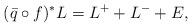
LaTeX: \begin{align*}({\bar q}\circ f)^*L = L^+ + L^- + E,\end{align*}